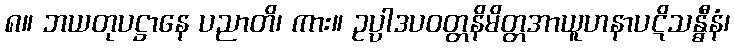
၈။ ဘယတုပဋ္ဌာနေ ပညာတိ၊ ကား။ ဥပ္ပါဒပဝတ္တနိမိတ္တအာယူဟနာပဋိသန္ဓီနံ၊